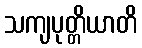
သကျပုတ္တိယာတိ